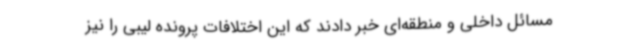
مسائل داخلی و منطقه‌ای خبر دادند که این اختلافات پرونده لیبی را نیز